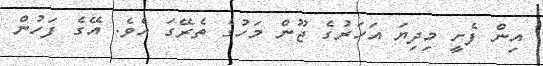
އިން ފެށީ މިދިޔަ އަހަރުގެ ޖޫން މަހުގެ ތެރޭގަ އެވެ. އޭގެ ފަހުން